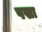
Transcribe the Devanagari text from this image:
पखा